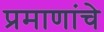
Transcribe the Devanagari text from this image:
प्रमाणांचे